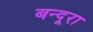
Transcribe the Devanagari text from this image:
बन्दूरा